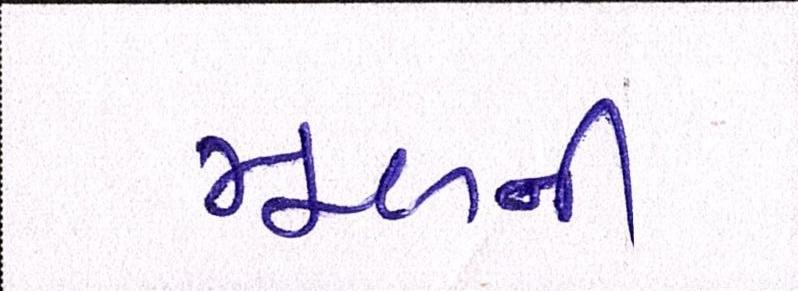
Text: મૂળની